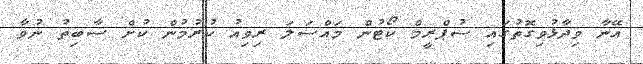
އޭނާ ވިދާޅުވިގޮތުގައި ސުޕްރީމް ކޯޓުން މައްސަލަ ރިވިއު ކުރުމުން ކުށް ސާބިތު ނުވާ